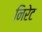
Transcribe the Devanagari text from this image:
निरेट